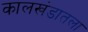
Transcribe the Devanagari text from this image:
कालखंडातला